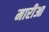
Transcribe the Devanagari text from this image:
मारीआ